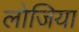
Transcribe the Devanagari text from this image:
लोजिया